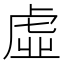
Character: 虛